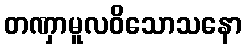
တဏှာမူလဝိသောသနော